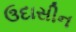
ઉદાસીન